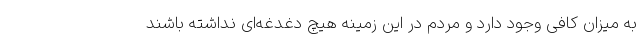
به میزان کافی وجود دارد و مردم در این زمینه هیچ دغدغه‌ای نداشته باشند